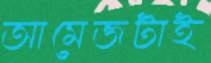
আমেজটাই